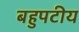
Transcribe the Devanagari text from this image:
बहुपटीय